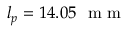
l _ { p } = 1 4 . 0 5 ~ \textrm { m m }